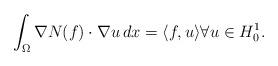
LaTeX: \begin{align*}\int_{\Omega} \nabla N(f) \cdot \nabla u \, dx = \langle f, u \rangle \forall u \in H^{1}_{0}.\end{align*}